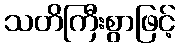
သတိကြီးစွာဖြင့်